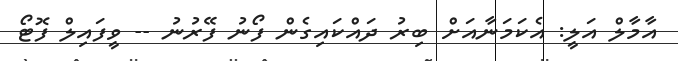
އާމާލް އަލީ: އެކަމަނާއަށް ބިރު ދައްކައިގެން ފޯނު ފޭރުނު -- ވީފައިލް ފޮޓޯ